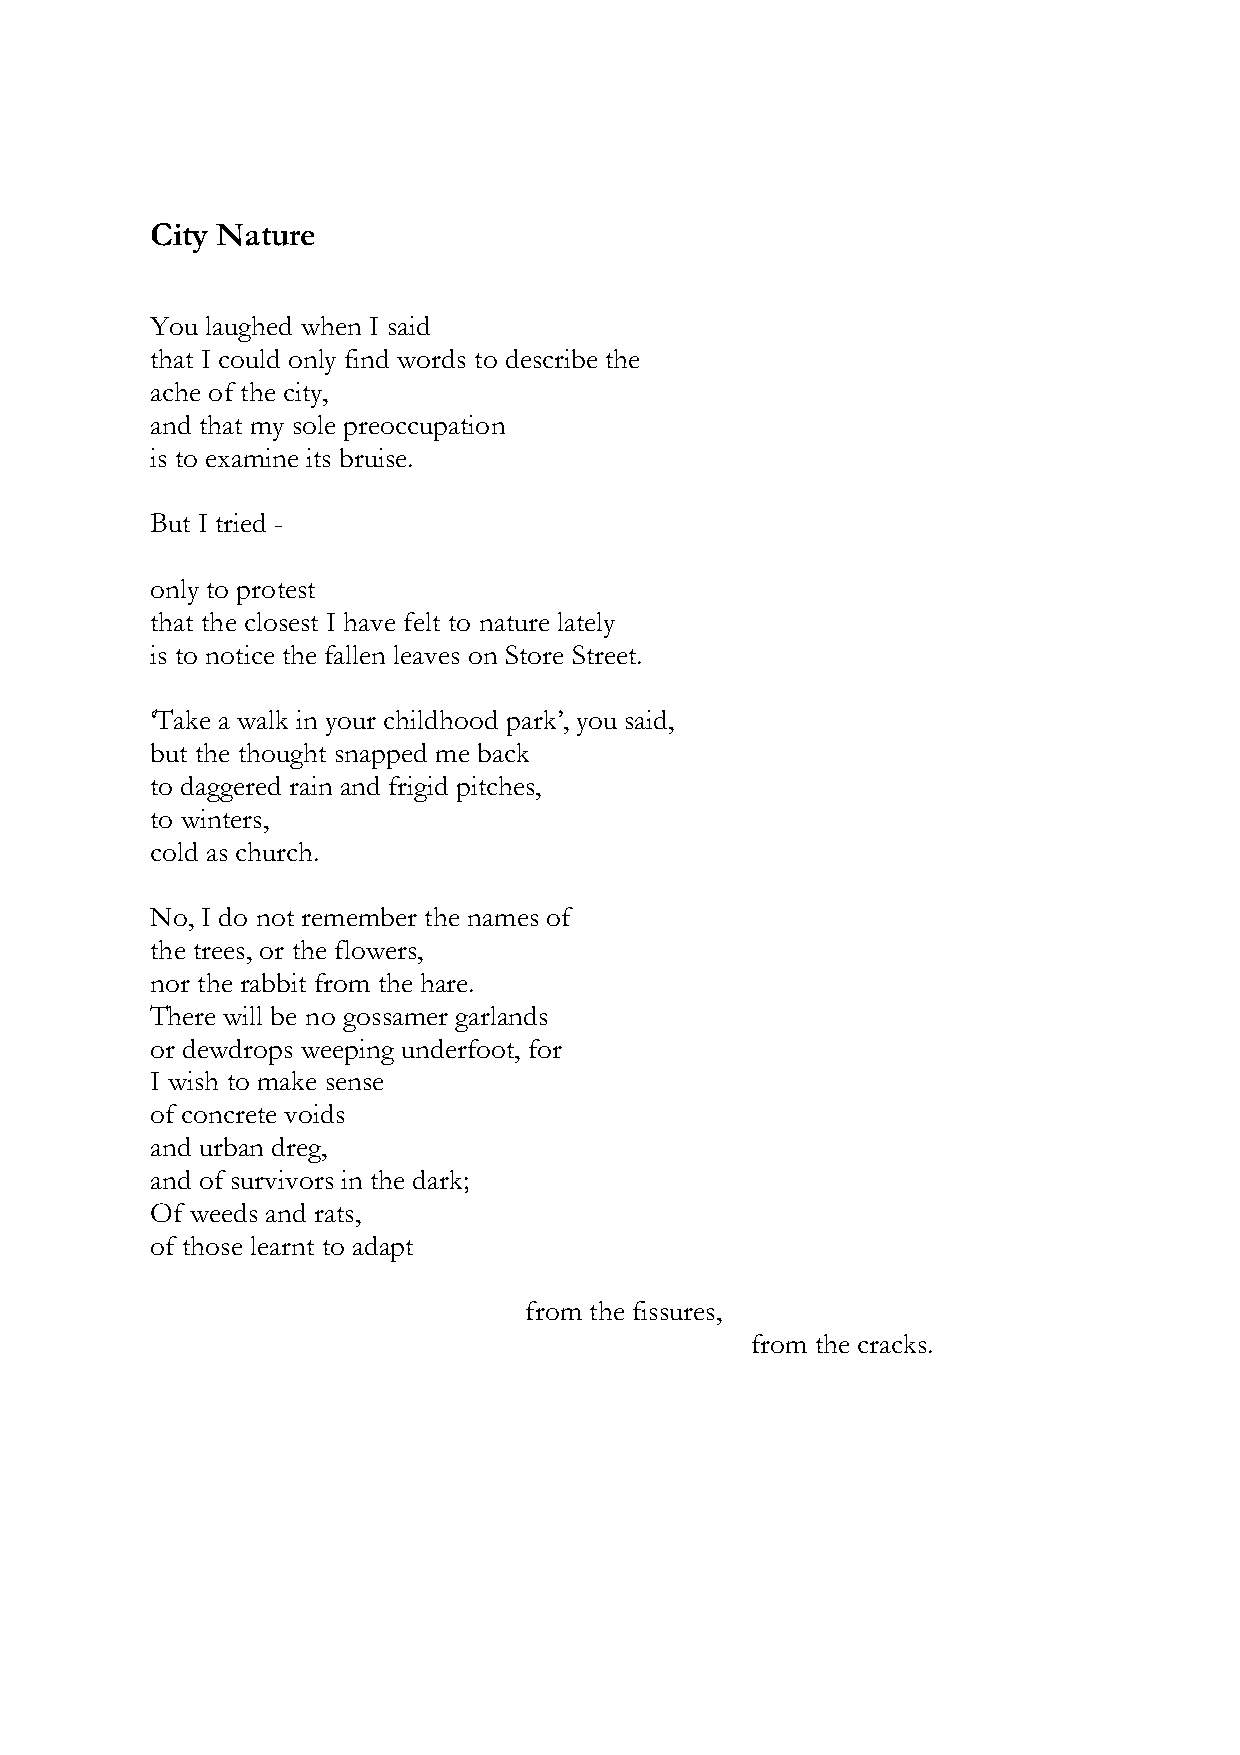
City Nature
 You laughed when I said
 that I could only find words to describe the
 ache of the city,
 and that my sole preoccupation
 is to examine its bruise.
 But I tried -
 only to protest
 that the closest I have felt to nature lately
 is to notice the fallen leaves on Store Street.
 ‘Take a walk in your childhood park’, you said,
 but the thought snapped me back
 to daggered rain and frigid pitches,
 to winters,
 cold as church.
 No, I do not remember the names of
 the trees, or the flowers,
 nor the rabbit from the hare.
 There will be no gossamer garlands
 or dewdrops weeping underfoot, for
 I wish to make sense
 of concrete voids
 and urban dreg,
 and of survivors in the dark;
 Of weeds and rats,
 of those learnt to adapt
 from the fissures,
 from the cracks.
 3